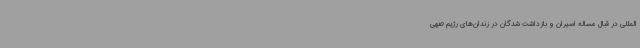
المللی در قبال مساله اسیران و بازداشت شدگان در زندان‌های رژیم صهی